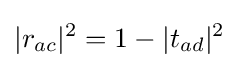
|r_{ac}|^{2}=1-|t_{ad}|^{2}